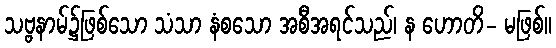
သဗ္ဗနာမ်၌ဖြစ်သော သံသာ နံစသော အစီအရင်သည်၊ န ဟောတိ- မဖြစ်။